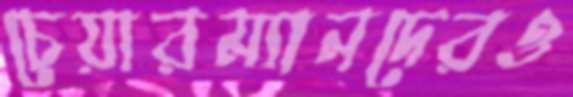
চেয়ারম্যানদেরও